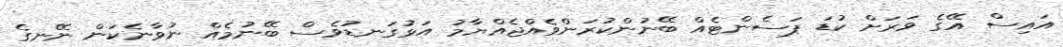
އައިސް އޭގެ ވަރަށް ކުޑަ ޕަސެންޓެއް ބޭނުންކުރަންވެއްޖެއްޔާމު އަޅުގަނޑުވެސް ބޭނުމެއް ނުވާނެކަން ނޭނގެ